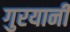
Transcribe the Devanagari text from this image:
गुरयानी